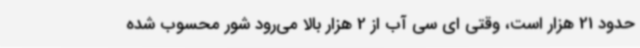
حدود 21 هزار است، وقتی ای سی آب از 2 هزار بالا می‌رود شور محسوب شده